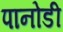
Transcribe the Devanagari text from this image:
पानोडी